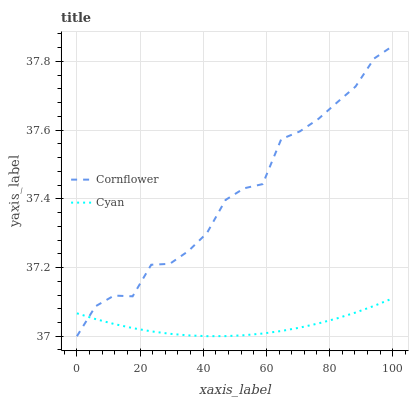
| xaxis_label | Cornflower | Cyan |
 | --- | --- | --- |
 | 0 | 37 | 37.1 |
 | 5.88 | 37.1 | 37.1 |
 | 11.8 | 37.1 | 37 |
 | 17.6 | 37.1 | 37 |
 | 23.5 | 37.2 | 37 |
 | 29.4 | 37.2 | 37 |
 | 35.3 | 37.2 | 37 |
 | 41.2 | 37.3 | 37 |
 | 47.1 | 37.4 | 37 |
 | 52.9 | 37.4 | 37 |
 | 58.8 | 37.4 | 37 |
 | 64.7 | 37.6 | 37 |
 | 70.6 | 37.6 | 37 |
 | 76.5 | 37.6 | 37 |
 | 82.4 | 37.7 | 37.1 |
 | 88.2 | 37.7 | 37.1 |
 | 94.1 | 37.8 | 37.1 |
 | 100 | 37.8 | 37.1 |